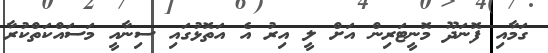
ގަމާއި ފޮނަދޫ މޮނީޓަރިން އަށް ލީ އިރު އެ އަތޮޅުގައި ސިނާއީ މަސައްކަތްކުރާ